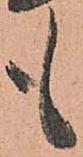
も